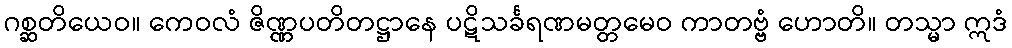
ဂစ္ဆတိယေဝ။ ကေဝလံ ဇိဏ္ဏပတိတဋ္ဌာနေ ပဋိသင်္ခရဏမတ္တမေဝ ကာတဗ္ဗံ ဟောတိ။ တသ္မာ ဣဒံ